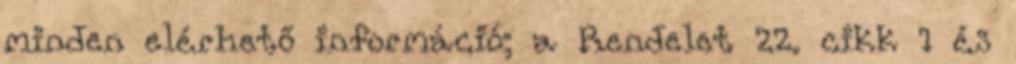
minden elérhető információ; a Rendelet 22. cikk 1 és